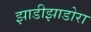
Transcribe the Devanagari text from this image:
झाडीझाडोरा